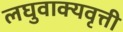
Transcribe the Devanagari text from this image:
लघुवाक्यवृत्ती